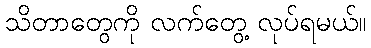
သိတာတွေကို လက်တွေ့ လုပ်ရမယ်။